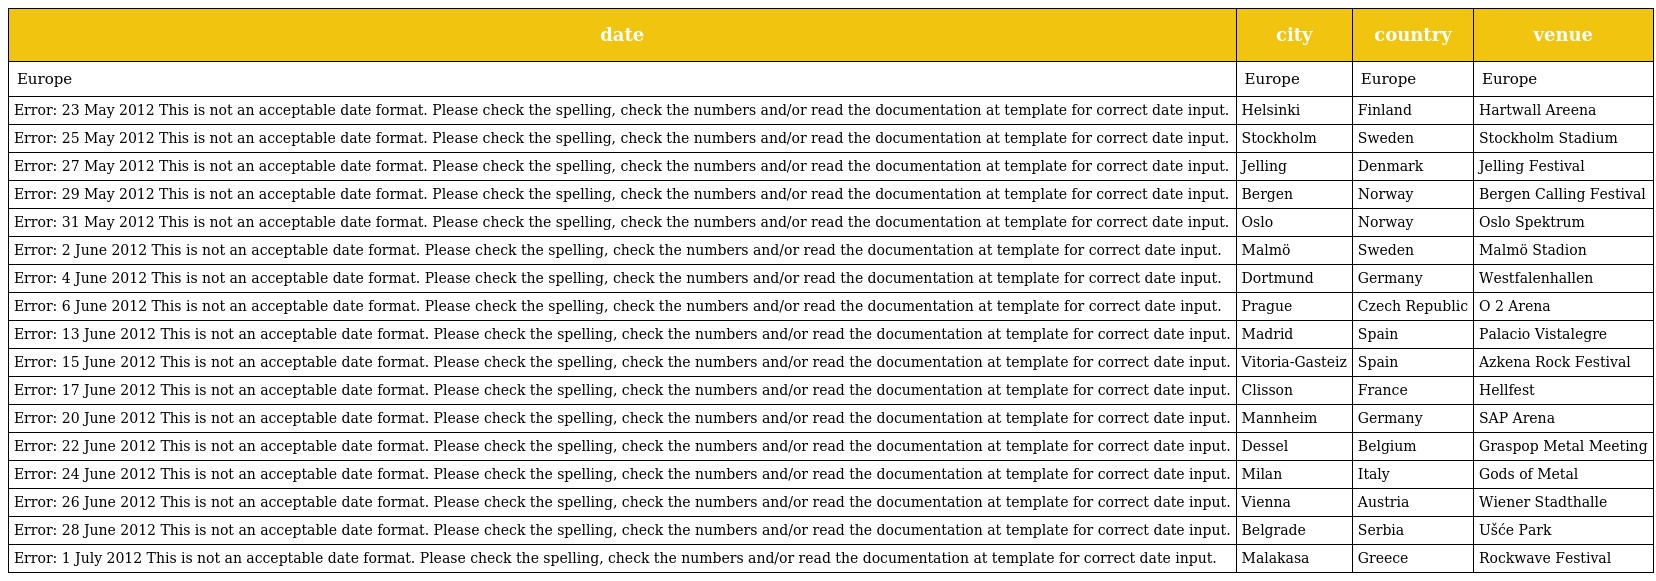
| date | city | country | venue |
 | --- | --- | --- | --- |
 | Europe | Europe | Europe | Europe |
 | Error: 23 May 2012 This is not an acceptable date format. Please check the spelling, check the numbers and/or read the documentation at template for correct date input. | Helsinki | Finland | Hartwall Areena |
 | Error: 25 May 2012 This is not an acceptable date format. Please check the spelling, check the numbers and/or read the documentation at template for correct date input. | Stockholm | Sweden | Stockholm Stadium |
 | Error: 27 May 2012 This is not an acceptable date format. Please check the spelling, check the numbers and/or read the documentation at template for correct date input. | Jelling | Denmark | Jelling Festival |
 | Error: 29 May 2012 This is not an acceptable date format. Please check the spelling, check the numbers and/or read the documentation at template for correct date input. | Bergen | Norway | Bergen Calling Festival |
 | Error: 31 May 2012 This is not an acceptable date format. Please check the spelling, check the numbers and/or read the documentation at template for correct date input. | Oslo | Norway | Oslo Spektrum |
 | Error: 2 June 2012 This is not an acceptable date format. Please check the spelling, check the numbers and/or read the documentation at template for correct date input. | Malmö | Sweden | Malmö Stadion |
 | Error: 4 June 2012 This is not an acceptable date format. Please check the spelling, check the numbers and/or read the documentation at template for correct date input. | Dortmund | Germany | Westfalenhallen |
 | Error: 6 June 2012 This is not an acceptable date format. Please check the spelling, check the numbers and/or read the documentation at template for correct date input. | Prague | Czech Republic | O 2 Arena |
 | Error: 13 June 2012 This is not an acceptable date format. Please check the spelling, check the numbers and/or read the documentation at template for correct date input. | Madrid | Spain | Palacio Vistalegre |
 | Error: 15 June 2012 This is not an acceptable date format. Please check the spelling, check the numbers and/or read the documentation at template for correct date input. | Vitoria-Gasteiz | Spain | Azkena Rock Festival |
 | Error: 17 June 2012 This is not an acceptable date format. Please check the spelling, check the numbers and/or read the documentation at template for correct date input. | Clisson | France | Hellfest |
 | Error: 20 June 2012 This is not an acceptable date format. Please check the spelling, check the numbers and/or read the documentation at template for correct date input. | Mannheim | Germany | SAP Arena |
 | Error: 22 June 2012 This is not an acceptable date format. Please check the spelling, check the numbers and/or read the documentation at template for correct date input. | Dessel | Belgium | Graspop Metal Meeting |
 | Error: 24 June 2012 This is not an acceptable date format. Please check the spelling, check the numbers and/or read the documentation at template for correct date input. | Milan | Italy | Gods of Metal |
 | Error: 26 June 2012 This is not an acceptable date format. Please check the spelling, check the numbers and/or read the documentation at template for correct date input. | Vienna | Austria | Wiener Stadthalle |
 | Error: 28 June 2012 This is not an acceptable date format. Please check the spelling, check the numbers and/or read the documentation at template for correct date input. | Belgrade | Serbia | Ušće Park |
 | Error: 1 July 2012 This is not an acceptable date format. Please check the spelling, check the numbers and/or read the documentation at template for correct date input. | Malakasa | Greece | Rockwave Festival |